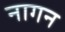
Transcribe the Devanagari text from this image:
नागन